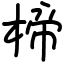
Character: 楴